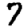
Digit: 7